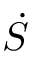
\dot { S }